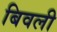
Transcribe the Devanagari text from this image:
बिवली